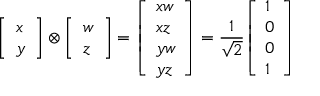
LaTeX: { \left[ \begin{array} { l } { x } \\ { y } \end{array} \right] } \otimes { \left[ \begin{array} { l } { w } \\ { z } \end{array} \right] } = { \left[ \begin{array} { l } { x w } \\ { x z } \\ { y w } \\ { y z } \end{array} \right] } = { \frac { 1 } { \sqrt { 2 } } } { \left[ \begin{array} { l } { 1 } \\ { 0 } \\ { 0 } \\ { 1 } \end{array} \right] }